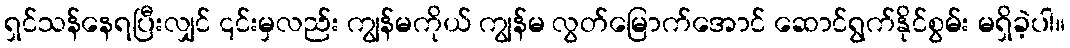
ရှင်သန်နေရပြီးလျှင် ၎င်းမှလည်း ကျွန်မကိုယ် ကျွန်မ လွတ်မြောက်အောင် ဆောင်ရွက်နိုင်စွမ်း မရှိခဲ့ပါ။